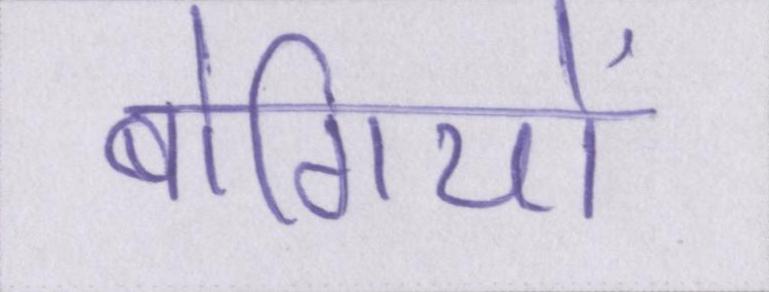
बोगियों